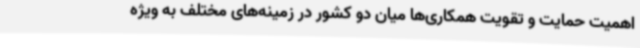
اهمیت حمایت و تقویت همکاری‌ها میان دو کشور در زمینه‌های مختلف به ویژه